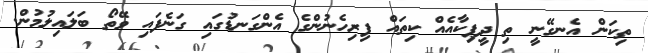
ތިކަން އެނގޭނީ ތި ދީޕިކާއެއް ކިތައް ފިރިހެނުންގެ އެންގަނޑުގައި ގަނެފައި ވޭތޯ ބަލައިލުމުން.